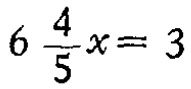
$6\frac{4}{5}x = 3$